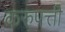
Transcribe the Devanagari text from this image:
करुपत्ती